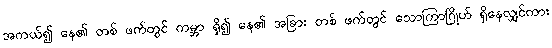
အကယ်၍ နေ၏ တစ် ဖက်တွင် ကမ္ဘာ ရှိ၍ နေ၏ အခြား တစ် ဖက်တွင် သောကြာဂြိုဟ် ရှိနေလျှင်ကား